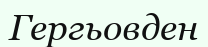
Гергьовден